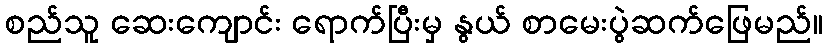
စည်သူ ဆေးကျောင်း ရောက်ပြီးမှ နွယ် စာမေးပွဲဆက်ဖြေမည်။